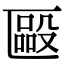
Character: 𠥝